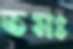
তমঃ